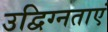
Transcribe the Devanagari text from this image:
उद्विग्नताएं